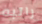
راتبه